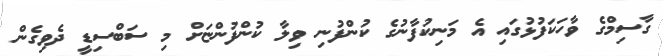
ގާސިމްގެ ވާހަކަފުޅުގައި އެ މަނިކުފާނުގެ ކުންފުނި ވިލާ ކުންފުންޏަށް މި ސަބްސިޑީ ދެވިގެން